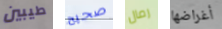
طيبين صحيح رمال أغراضها